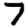
Digit: 7